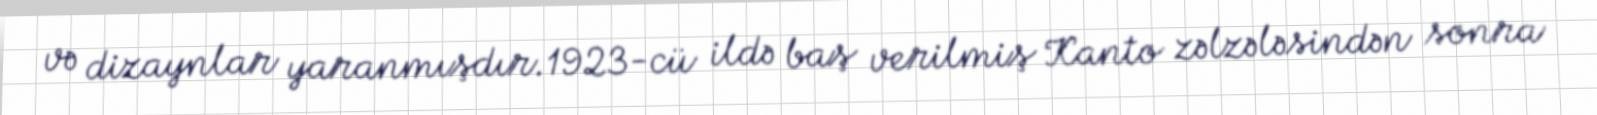
və dizaynlar yaranmışdır.1923-cü ildə baş verilmiş Kanto zəlzələsindən sonra